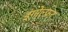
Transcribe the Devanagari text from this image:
इंगोल्फ़र